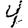
Digit: 4